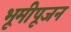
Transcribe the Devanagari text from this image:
भूमीपूजन